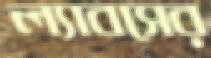
ল্যাবসের